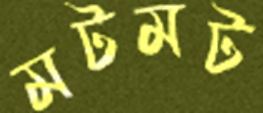
মটমট